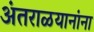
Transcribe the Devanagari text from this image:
अंतराळयानांना